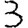
Digit: 3